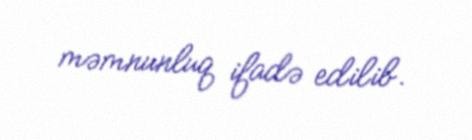
məmnunluq ifadə edilib.